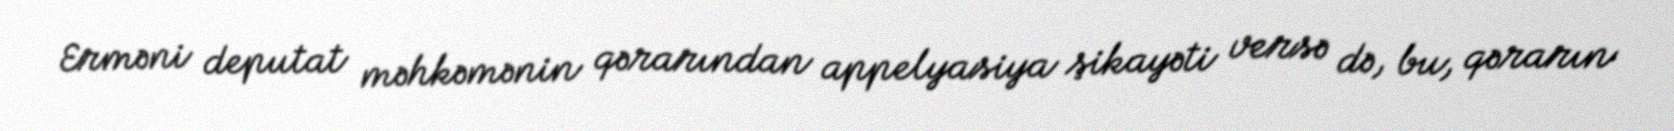
Erməni deputat məhkəmənin qərarından appelyasiya şikayəti versə də, bu, qərarın